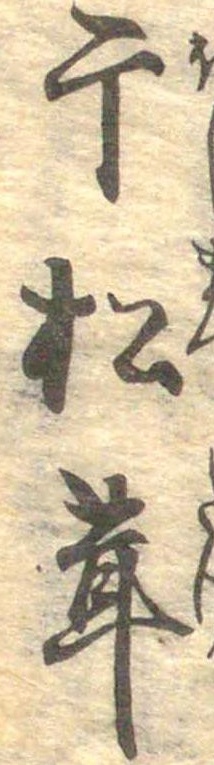
干松茸